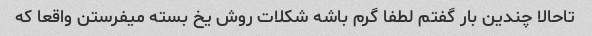
تاحالا چندین بار گفتم لطفا گرم باشه شکلات روش یخ بسته میفرستن واقعا که